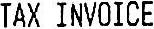
TAX INVOICE